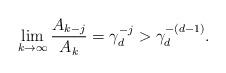
LaTeX: \begin{align*}\lim_{k\to\infty} \frac{A_{k - j}}{A_k} = \gamma_d^{-j} > \gamma_d^{-(d - 1)}.\end{align*}